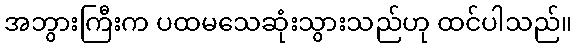
အဘွားကြီးက ပထမသေဆုံးသွားသည်ဟု ထင်ပါသည်။